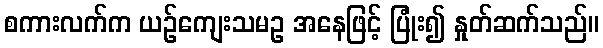
စကားလက်က ယဉ်ကျေးသမဥ အနေဖြင့် ပြုံး၍ နှုတ်ဆက်သည်။